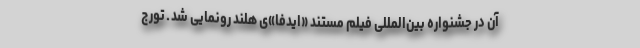
آن در جشنواره بین‌المللی فیلم مستند «ایدفا»ی هلند رونمایی شد ـ تورج